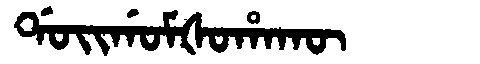
Manchu: ᡩᠣᡳᡤᠣᠮᡧᠣᡥᠠᡴᡡ
Romanization: DOIGOMŠOHAKŪ